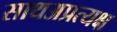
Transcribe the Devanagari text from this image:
साथअप्रत्यक्ष